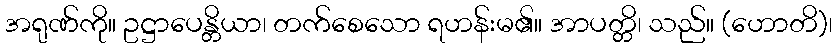
အရုဏ်ကို။ ဥဋ္ဌာပေန္တိယာ၊ တက်စေသော ရဟန်းမ၏။ အာပတ္တိ၊ သည်။ (ဟောတိ)၊